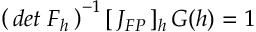
\left( \, d e t \; F _ { h } \, \right) ^ { - 1 } [ \, J _ { F P } \, ] _ { h } \, G ( h ) = 1